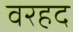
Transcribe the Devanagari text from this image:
वरहद